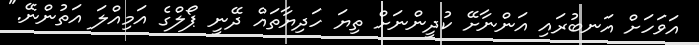
އަވަހަށް އަނބުރައި އަންނާށޭ ކުދީންނަށް ތިޔަ ހަދިޔާތައް ދޭނީ ޕޯލްގެ އަމިއްލަ އަތުންނޭ."